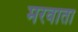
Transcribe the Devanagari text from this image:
मरवाता